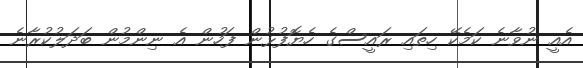
އެއީ ނުވާނެ ކަމެކޭ ހިތައި ރައީސްގެ ހެޔޮފުޅުން ފަހުން އެ ނިންމުން ބަދަލުކުރާނެ